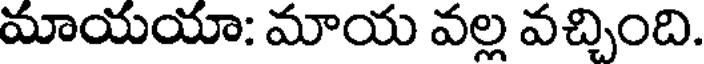
మాయయా: మాయ వల్ల వచ్చింది.